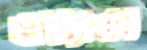
ওয়্যাক্স